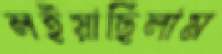
লইয়াছিলাম